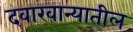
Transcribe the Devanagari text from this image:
दवाखान्यातील